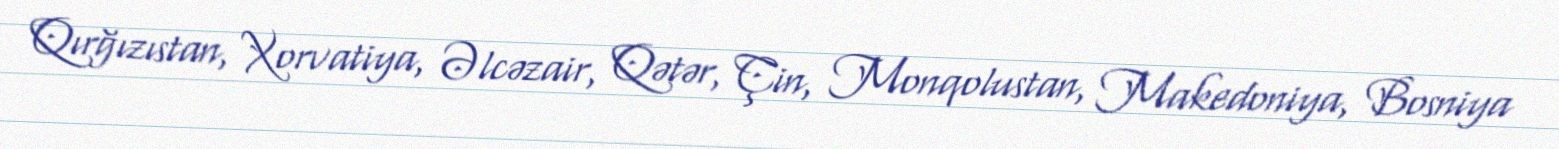
Qırğızıstan, Xorvatiya, Əlcəzair, Qətər, Çin, Monqolustan, Makedoniya, Bosniya